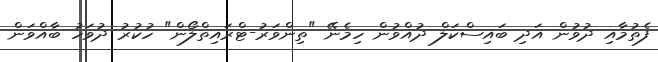
ފެތުމާއި ދުވުން އަދި ބައިސްކަލް ދުއްވުން ހިމެނޭ "ތިންވަރު-ޓްރައިތްލޯން" ހުކުރު ދުވަހު ބާއްވަން